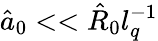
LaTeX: \hat{a}_{0}<<\hat{R}_{0}l_{q}^{-1}